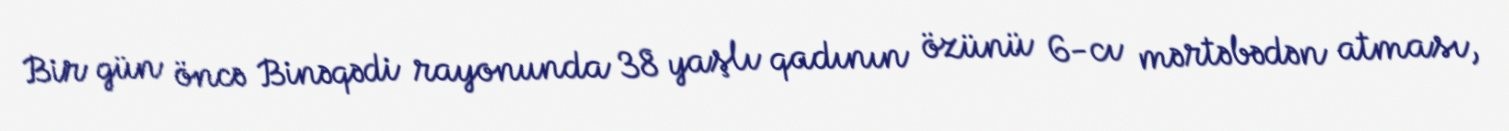
Bir gün öncə Binəqədi rayonunda 38 yaşlı qadının özünü 6-cı mərtəbədən atması,